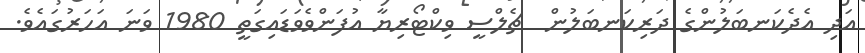
އަދި އެދެކަނބަލުންގެ ދަރިކަނބަލުން  ޗެލްސީ ވިކްޓޯރިޔާ އުފަންވެވަޑައިގަތީ 1980 ވަނަ އަހަރުގައެވެ.